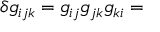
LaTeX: \delta { } g _ { i j k } = g _ { i j } g _ { j k } g _ { k i } =